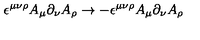
\epsilon ^ { \mu \nu \rho } A _ { \mu } \partial _ { \nu } A _ { \rho } \to - \epsilon ^ { \mu \nu \rho } A _ { \mu } \partial _ { \nu } A _ { \rho }